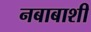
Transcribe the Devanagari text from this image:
नबाबाशी